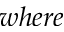
w h e r e